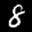
Label: 8